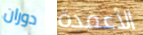
دوران الأعمدة